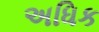
અધિક